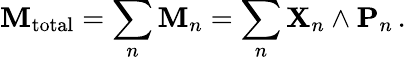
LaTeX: \mathbf{M}_{\mathrm{total}}=\sum_{n}\mathbf{M}_{n}=\sum_{n}\mathbf{X}_{n}\wedge\mathbf{P}_{n}\, .